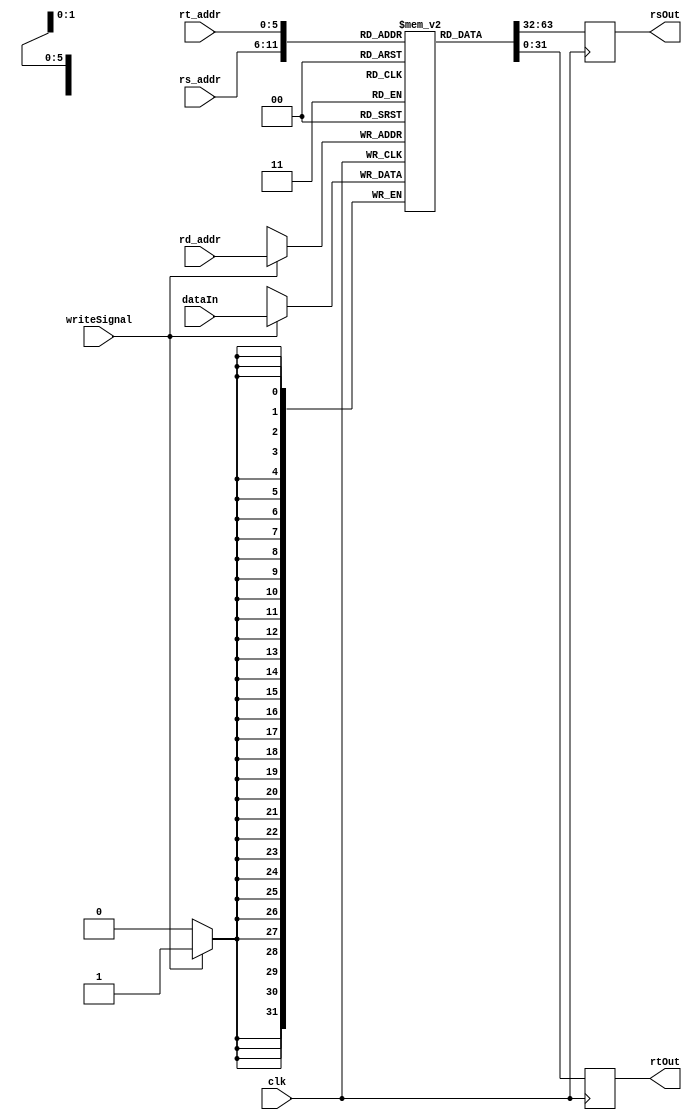
module register(clk, writeSignal, rs_addr, rt_addr, rd_addr, dataIn, rsOut, rtOut);
    
    // input declarations
    input clk;
    input writeSignal; // write signal
    input [5:0] rs_addr; // input for read one
    input [5:0] rt_addr; // input for read two
    input [5:0] rd_addr; // dest write if flag is up
    input [31:0] dataIn; // data on line
    
    // output declarations
    output reg [31:0] rsOut; // output for read one
    output reg [31:0] rtOut; // output for read two
    reg [31:0] regs [63:0];

    always@(posedge clk) 
    begin
        if(writeSignal) 
            regs[rd_addr] <= dataIn; // write data in into a register
        
        // else read data out
        rsOut <= regs[rs_addr]; 
        rtOut <= regs[rt_addr];

    end


endmodule